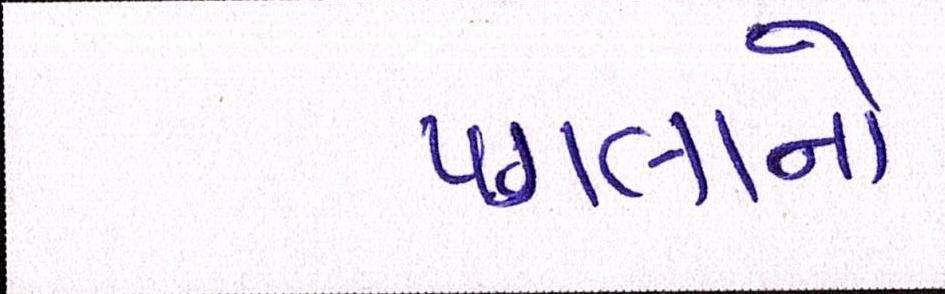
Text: પગલાનો